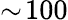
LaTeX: \sim\! 100